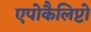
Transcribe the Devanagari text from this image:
एपोकैलिप्टो